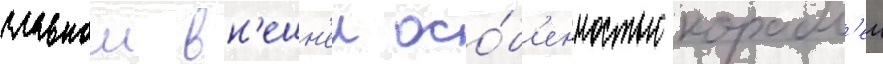
главнои вн'ешн'еи осо́б'енностью корабл'еи